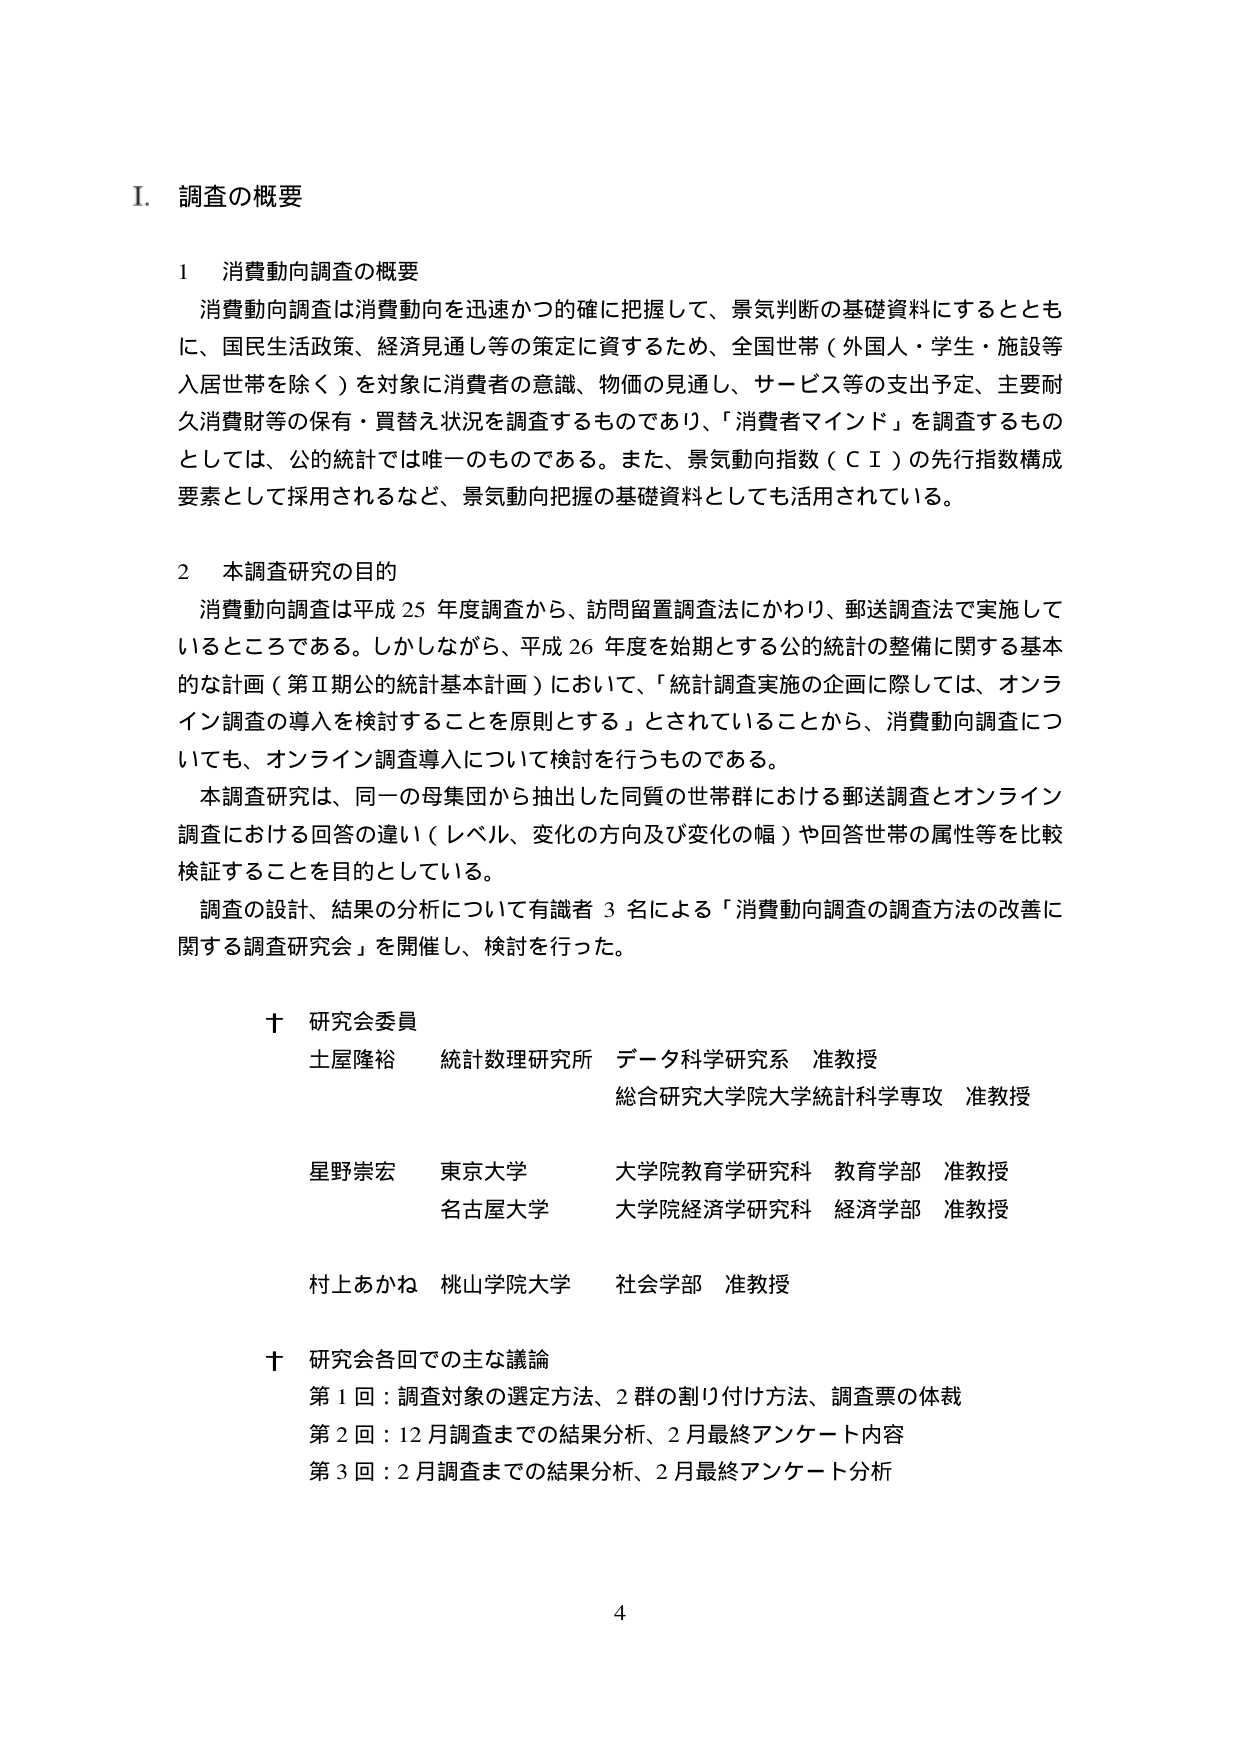
I. 調査の概要

1 消費動向調査の概要
消費動向調査は消費動向を迅速かつ的確に把握して、景気判断の基礎資料にするとともに、国民生活政策、経済見通し等の策定に資するため、全国世帯（外国人・学生・施設等入居世帯を除く）を対象に消費者の意識、物価の見通し、サービス等の支出予定、主要耐久消費財等の保有・買替え状況を調査するものであり、「消費者マインド」を調査するものとしては、公的統計では唯一のものである。また、景気動向指数（ＣＩ）の先行指数構成要素として採用されるなど、景気動向把握の基礎資料としても活用されている。

2 本調査研究の目的
消費動向調査は平成25年度調査から、訪問留置調査法にかわり、郵送調査法で実施しているところである。しかしながら、平成26年度を始期とする公的統計の整備に関する基本的な計画（第Ⅱ期公的統計基本計画）において、「統計調査実施の企画に際しては、オンライン調査の導入を検討することを原則とする」とされていることから、消費動向調査についても、オンライン調査導入について検討を行うものである。
本調査研究は、同一の母集団から抽出した同質の世帯群における郵送調査とオンライン調査における回答の違い（レベル、変化の方向及び変化の幅）や回答世帯の属性等を比較検証することを目的としている。
調査の設計、結果の分析について有識者3名による「消費動向調査の調査方法の改善に関する調査研究会」を開催し、検討を行った。

† 研究会委員
土屋隆裕 統計数理研究所 データ科学研究系 准教授
総合研究大学院大学統計科学専攻 准教授

星野崇宏 東京大学 大学院教育学研究科 教育学部 准教授
名古屋大学 大学院経済学研究科 経済学部 准教授

村上あかね 桃山学院大学 社会学部 准教授

† 研究会各回での主な議論
第1回：調査対象の選定方法、2群の割り付け方法、調査票の体裁
第2回：12月調査までの結果分析、2月最終アンケート内容
第3回：2月調査までの結果分析、2月最終アンケート分析

4